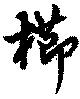
櫛